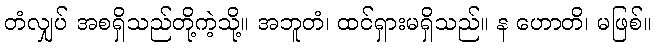
တံလျှပ် အစရှိသည်တို့ကဲ့သို့။ အဘူတံ၊ ထင်ရှားမရှိသည်။ န ဟောတိ၊ မဖြစ်။